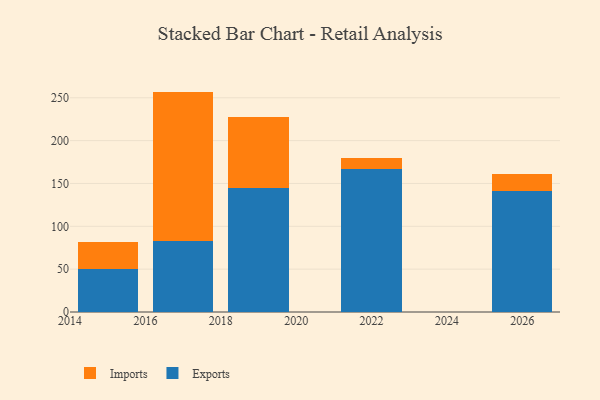
{"axis": {"x": "Year", "y": "Temperature (°C)"}, "legend": ["Exports", "Imports"], "data": [{"x": "2026", "y": 140.7, "type": "Exports"}, {"x": "2026", "y": 20.9, "type": "Imports"}, {"x": "2015", "y": 50.4, "type": "Exports"}, {"x": "2015", "y": 31.6, "type": "Imports"}, {"x": "2019", "y": 145.2, "type": "Exports"}, {"x": "2019", "y": 82.7, "type": "Imports"}, {"x": "2017", "y": 82.5, "type": "Exports"}, {"x": "2017", "y": 174.7, "type": "Imports"}, {"x": "2022", "y": 166.9, "type": "Exports"}, {"x": "2022", "y": 13.0, "type": "Imports"}]}